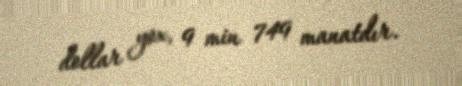
dollar yox, 9 min 749 manatdır.